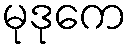
မုဒုကေ